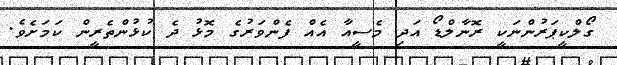
ގޯލްކީޕަރުންނަކީ ރޮނާލްޑޯ އަދި މެސީއާ އެއް ފެންވަރުގެ މޮޅު ދެ ކުޅުންތެރީން ކަމަށެވެ.